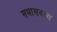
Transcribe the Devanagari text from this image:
सभासदस्य